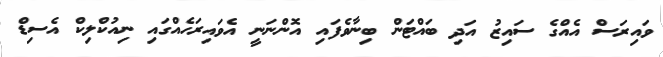
ވައިރަސް އެއްގެ ސައިޒު އަދި ބައްޓަން ބިނާވެފައި އޮންނަނީ އެވައިރަހެއްގައި ނިއުކްލިކް އެސިޑް